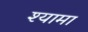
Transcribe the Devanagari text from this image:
श्‍यामा